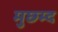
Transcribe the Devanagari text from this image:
मुछ्म्द